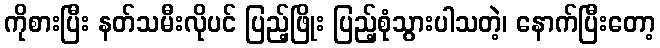
ကိုစားပြီး နတ်သမီးလိုပင် ပြည့်ဖြိုး ပြည့်စုံသွားပါသတဲ့၊ နောက်ပြီးတော့